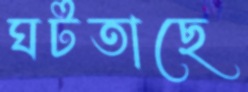
ঘটতাছে